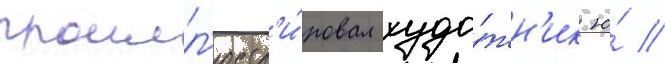
проилл'юстр'и́ровал худо́жн'ик ю́ //